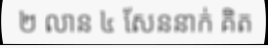
២ លាន ៤ សែននាក់ គិត